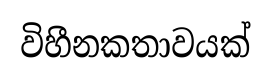
විහීනකතාවයක්